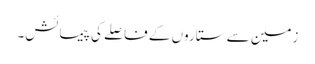
زمین سے ستاروں کے فاصلے کی پیمائش۔